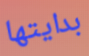
بدايتها